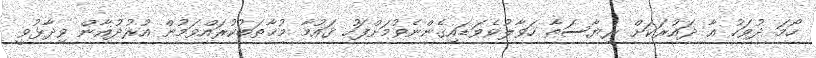
ހޯމަ ދުވަހު އާ ދައުރަކަށް ރިޔާސަތާ ހަވާލުވެވަޑައިގެންނެވުމަށްފަހު ޤައުމާ މުޚާޠަބުކުރައްވަމުން އުރުދުޣާން ވިދާޅުވީ